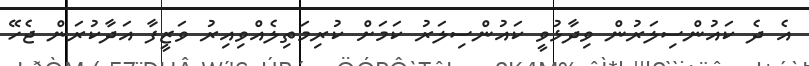
އެ ދެ ކައުންސިލަރުން ވިދާޅުވީ ކައުންސިލަރު ކަމަށް ކުރިމަތިލެއްވިއިރު ވަޒީފާ އަދާކުރަން ޖެހޭ